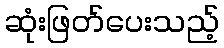
ဆုံးဖြတ်ပေးသည့်